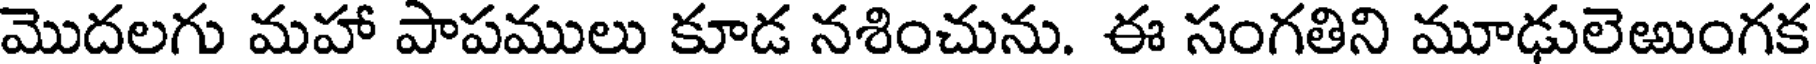
మొదలగు మహా పాపములు కూడ నశించును. ఈ సంగతిని మూఢులెఱుంగక